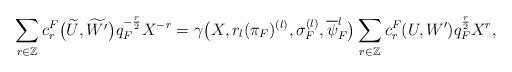
LaTeX: \begin{align*}\sum_{r \in \mathbb{Z}} c^F_r\big(\widetilde{U},\widetilde{W'}\big)q_F^{-\frac{r}{2}}X^{-r} = \gamma\big(X, r_l(\pi_F)^{(l)}, \sigma_F^{(l)},\overline{\psi}_F^l\big)\sum_{r \in \mathbb{Z}} c^F_r(U,W')q_F^{\frac{r}{2}}X^{r},\end{align*}